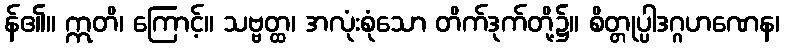
န်၏။ ဣတိ၊ ကြောင့်။ သဗ္ဗတ္ထ၊ အလုံးစုံသော တိက်ဒုက်တို့၌။ စိတ္တုပ္ပါဒဂ္ဂဟဏေန၊